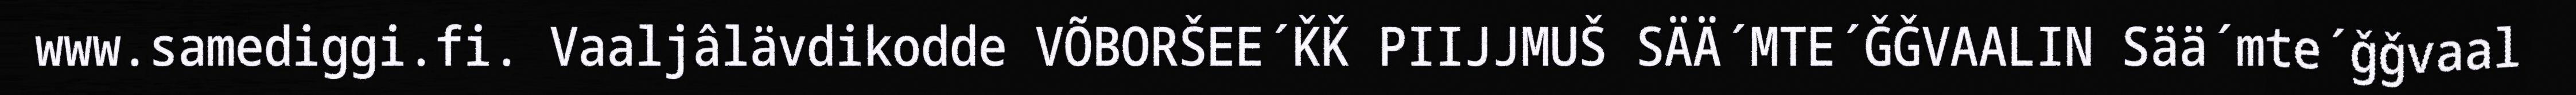
www.samediggi.fi. Vaaljâlävdikodde VÕBORŠEE´ǨǨ PIIJJMUŠ SÄÄ´MTE´ǦǦVAALIN Sää´mte´ǧǧvaal